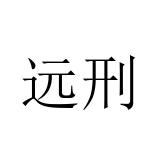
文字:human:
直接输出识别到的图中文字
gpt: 远刑